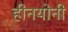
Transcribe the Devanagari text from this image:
हीनयोनी